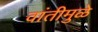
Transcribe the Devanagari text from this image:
वांतीमुळे